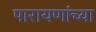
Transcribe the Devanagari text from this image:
पारायणांच्या